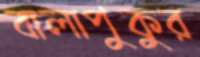
বালাপুকুর